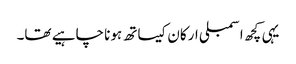
یہی کچھ اسمبلی ارکان کیساتھ ہونا چاہیے تھا۔